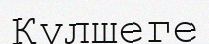
Күлшеге